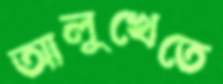
আলুখেতে